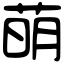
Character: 萌